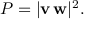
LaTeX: P = | \mathbf { v } \, \mathbf { w } | ^ { 2 } .